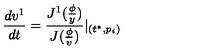
\frac { d v ^ { 1 } } { d t } = \frac { J ^ { 1 } ( \frac \phi y ) } { J ( \frac \phi v ) } | _ { ( t ^ { * } , p _ { i } ) }